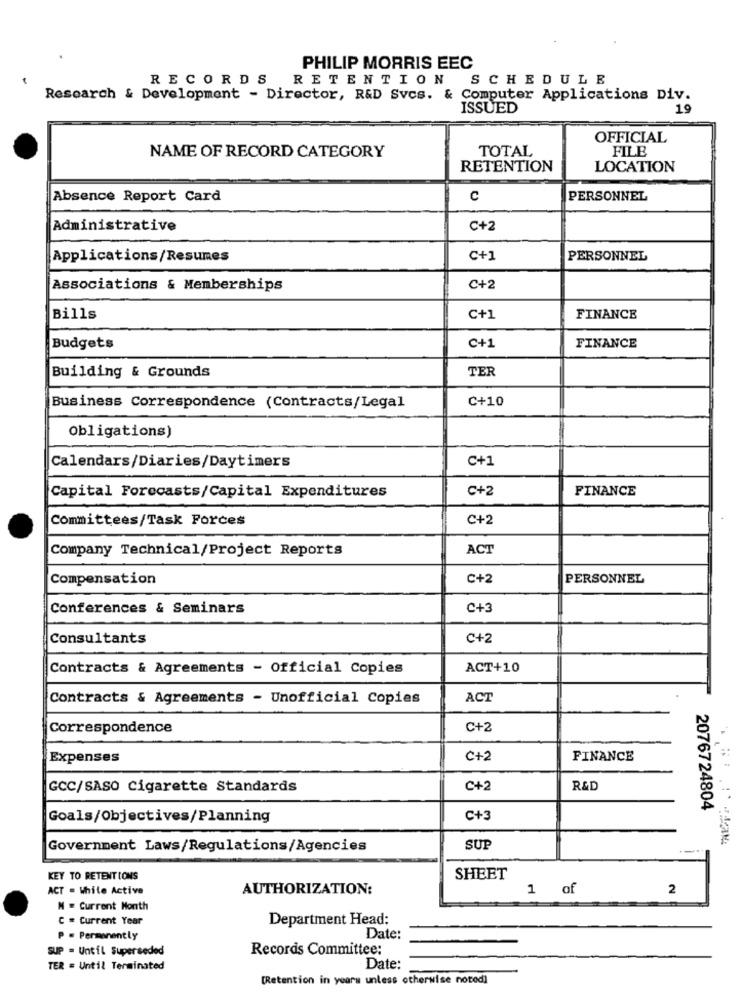
PHILIP MORRIS EEC
RECORDS
RETENTION
SCHEDULE
Research & Development - Director, R&D Svcs. & Computer Applications Div.
ISSUED
19
OFFICIAL
TOTAL
FILE
NAME OF RECORD CATEGORY
RETENTION
LOCATION
Absence Report Card
C
PERSONNEL
Administrative
C+2
Applications/Resumes
C+1
PERSONNEL
Associations & Memberships
C+2
Bills
C+1
FINANCE
FINANCE
Budgets
C+1
Building & Grounds
TER
C+10
Business Correspondence (Contracts/Legal
Obligations)
C+1
Calendars/Diaries/Daytimers
Capital Forecasts/Capital Expenditures
C+2
FINANCE
Committees/Task Forces
C+2
Company Technical/Project Reports
ACT
Compensation
C+2
PERSONNEL
Conferences & Seminars
C+3
Consultants
C+2
Contracts & Agreements - Official Copies
ACT+10
Contracts & Agreements - Unofficial Copies
ACT
Correspondence
C+2
Expenses
C+2
FINANCE
GCC/SASO Cigarette Standards
C+2
R&D
2076724804
Goals/Objectives/Planning
C+3
Government Laws/Regulations/Agencies
SUP
KEY TO RETENTIONS
SHEET
ACT - While Active
AUTHORIZATION:
1 of
2
M . Current Month
C = Current Year
Department Head:
P = Permanently
Date:
SUP = Until Superseded
Records Committee:
TER = Until Terminated
Date:
[Retention in years unless otherwise noted]